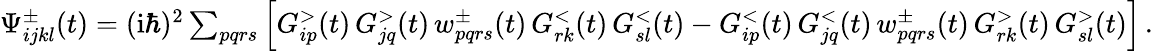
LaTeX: \begin{array}{r}{\Psi_{ijkl}^{\pm}(t)=(\mathrm{i}\hbar)^{2}\sum_{pqrs}\left[G_{ip}^{>}(t)\, G_{jq}^{>}(t)\, w_{pqrs}^{\pm}(t)\, G_{rk}^{<}(t)\, G_{sl}^{<}(t)-G_{ip}^{<}(t)\, G_{jq}^{<}(t)\, w_{pqrs}^{\pm}(t)\, G_{rk}^{>}(t)\, G_{sl}^{>}(t)\right]\, .}\end{array}